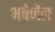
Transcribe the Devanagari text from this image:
अबेर्जेल